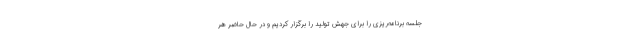
جلسه برنامه‌ریزی را برای جهش تولید را برگزار کردیم و در حال حاضر هر